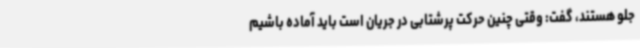
جلو هستند، گفت: وقتی چنین حرکت پرشتابی در جریان است باید آماده باشیم